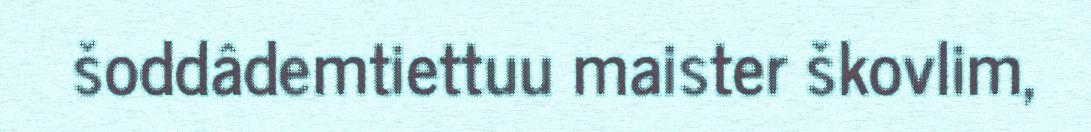
šoddâdemtiettuu maister škovlim,